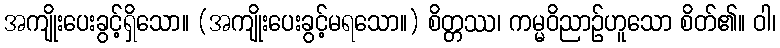
အကျိုးပေးခွင့်ရှိသော။ (အကျိုးပေးခွင့်မရသော။) စိတ္တဿ၊ ကမ္မဝိညာဉ်ဟူသော စိတ်၏။ ဝါ၊